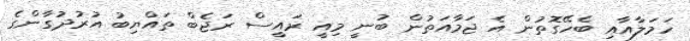
ހަމަލާއާއި ބެހޭގޮތުން އެ ޖަމާއަތުން ބުނީ މިއީ ރައީސް ރަޖެބް ތައްޔިބު އުރުދުގާންގެ